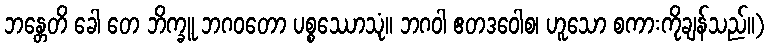
ဘန္တေတိ ခေါ တေ ဘိက္ခူ ဘဂဝတော ပစ္စဿောသုံ။ ဘဂဝါ ဧတဒဝေါစ၊ ဟူသော စကားကိုချန်သည်။)